Structure of Hæmatopota pluvialis (Meigen) - Number 55
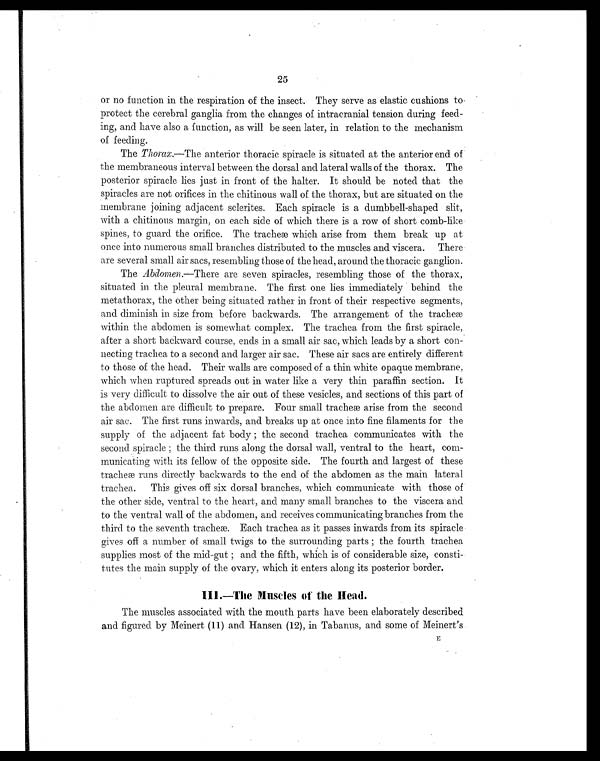
25
or no function in the respiration of the insect. They serve as elastic cushions to
protect the cerebral ganglia from the changes of intracranial tension during feed-
ing, and have also a function, as will be seen later, in relation to the mechanism
of feeding.
The Thorax.—The anterior thoracic spiracle is situated at the anterior end of
the membraneous interval between the dorsal and lateral walls of the thorax. The
posterior spiracle lies just in front of the halter. It should be noted that the
spiracles are not orifices in the chitinous wall of the thorax, but are situated on the
membrane joining adjacent sclerites. Each spiracle is a dumbbell-shaped slit,
with a chitinous margin, on each side of which there is a row of short comb-like
spines, to guard the orifice. The tracheæ which arise from them break up at
once into numerous small branches distributed to the muscles and viscera. There
are several small air sacs, resembling those of the head, around the thoracic ganglion.
The Abdomen.—There are seven spiracles, resembling those of the thorax,
situated in the pleural membrane. The first one lies immediately behind the
metathorax, the other being situated rather in front of their respective segments,
and diminish in size from before backwards. The arrangement of the tracheæ
within the abdomen is somewhat complex. The trachea from the first spiracle
, after a short backward course, ends in a small air sac, which leads by a short con-
necting trachea to a second and larger air sac. These air sacs are entirely different
to those of the head. Their walls are composed of a thin white opaque membrane,
which when ruptured spreads out in water like a very thin paraffin section. It
is very difficult to dissolve the air out of these vesicles, and sections of this part of
the abdomen are difficult to prepare. Four small tracheæ arise from the second
air sac. The first runs inwards, and breaks up at once into fine filaments for the
supply of the adjacent fat body; the second trachea communicates with the
second spiracle; the third runs along the dorsal wall, ventral to the heart, com-
municating with its fellow of the opposite side. The fourth and largest of these
tracheæ runs directly backwards to the end of the abdomen as the main lateral
trachea. This gives off six dorsal branches, which communicate with those of
the other side, ventral to the heart, and many small branches to the viscera and
to the ventral wall of the abdomen, and receives communicating branches from the
third to the seventh tracheæ. Each trachea as it passes inwards from its spiracle
gives off a number of small twigs to the surrounding parts; the fourth trachea
supplies most of the mid-gut; and the fifth, which is of considerable size, consti-
tutes the main supply of the ovary, which it enters along its posterior border.
III.—The Muscles of the Head.
The muscles associated with the mouth parts have been elaborately described
and figured by Meinert (11) and Hansen (12), in Tabanus, and some of Meinert's